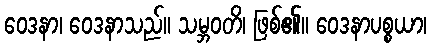
ဝေဒနာ၊ ဝေဒနာသည်။ သမ္ဘဝတိ၊ ဖြစ်၏။ ဝေဒနာပစ္စယာ၊